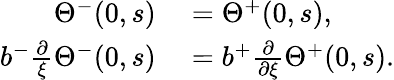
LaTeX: \begin{array}{rl}{\Theta^{-}(0,s)}&{{}=\Theta^{+}(0,s),}\\ {b^{-}\frac{\partial}{\xi}\Theta^{-}(0,s)}&{{}=b^{+}\frac{\partial}{\partial\xi}\Theta^{+}(0,s).}\end{array}